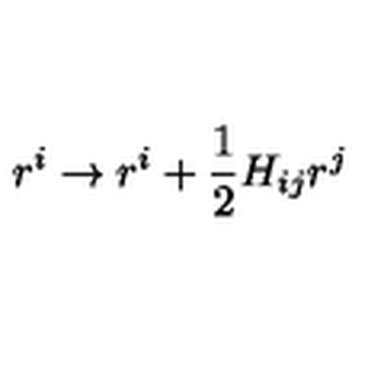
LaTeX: r ^ { i } \rightarrow r ^ { i } + { \frac { 1 } { 2 } } H _ { i j } r ^ { j }